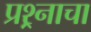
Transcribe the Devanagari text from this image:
प्रश्र्नाचा